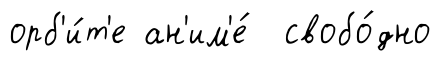
орб'и́т'е ан'им'е́ свобо́дно